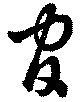
官